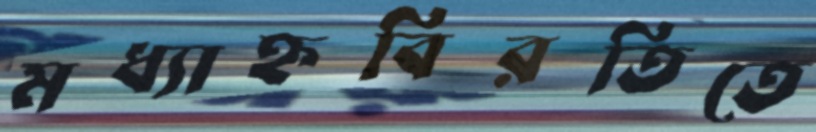
মধ্যাহ্নবিরতিতে